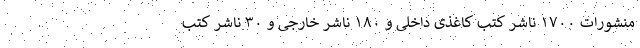
منشورات ۱۷۰۰ ناشر کتب کاغذی داخلی و ۱۸۰ ناشر خارجی و ۳۰ ناشر کتب